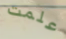
علمت